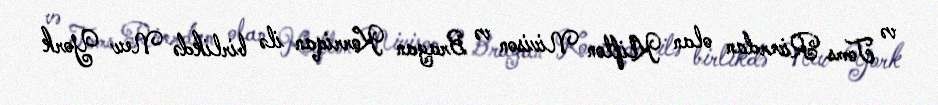
və Toms Riverdan olan Klifton Nivison və Brayan Korriqan ilə birlikdə New York